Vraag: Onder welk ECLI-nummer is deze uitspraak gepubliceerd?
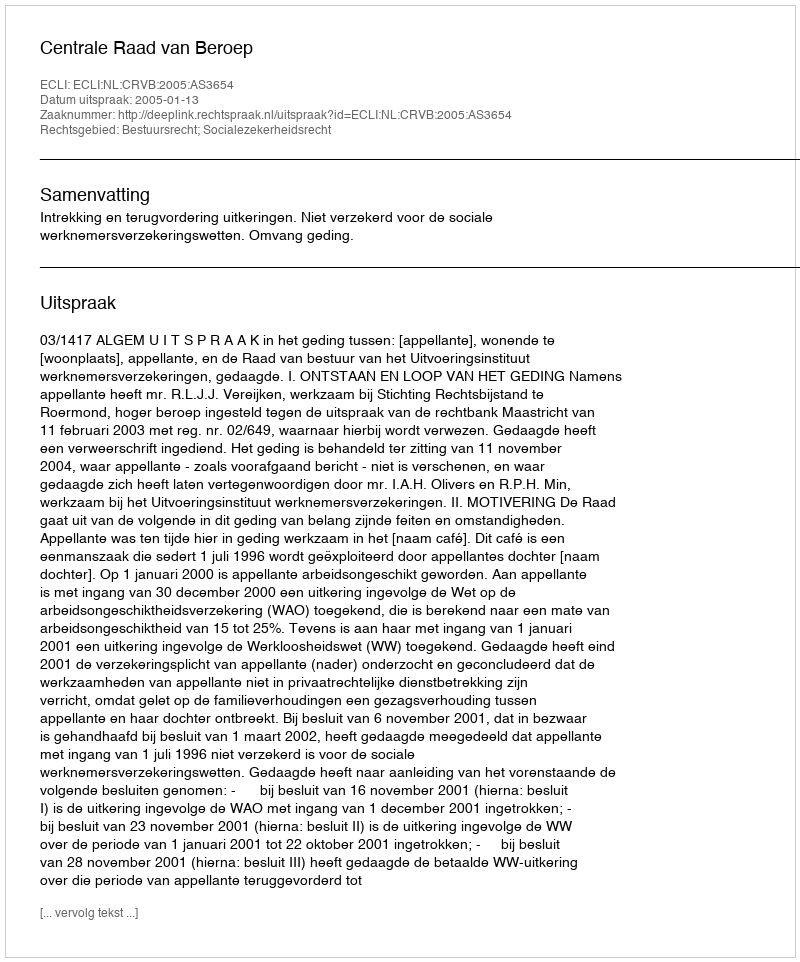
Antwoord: ECLI:NL:CRVB:2005:AS3654